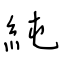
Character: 純